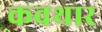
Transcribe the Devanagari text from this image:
कवथार